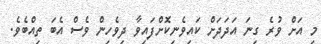
މި އަށް ވުރެ ގިނަ އަދަދަށް ކައިވެނިކޮށްފައިވާ ދިވެހިން ވެސް އެބަ ތިއްބެވެ.